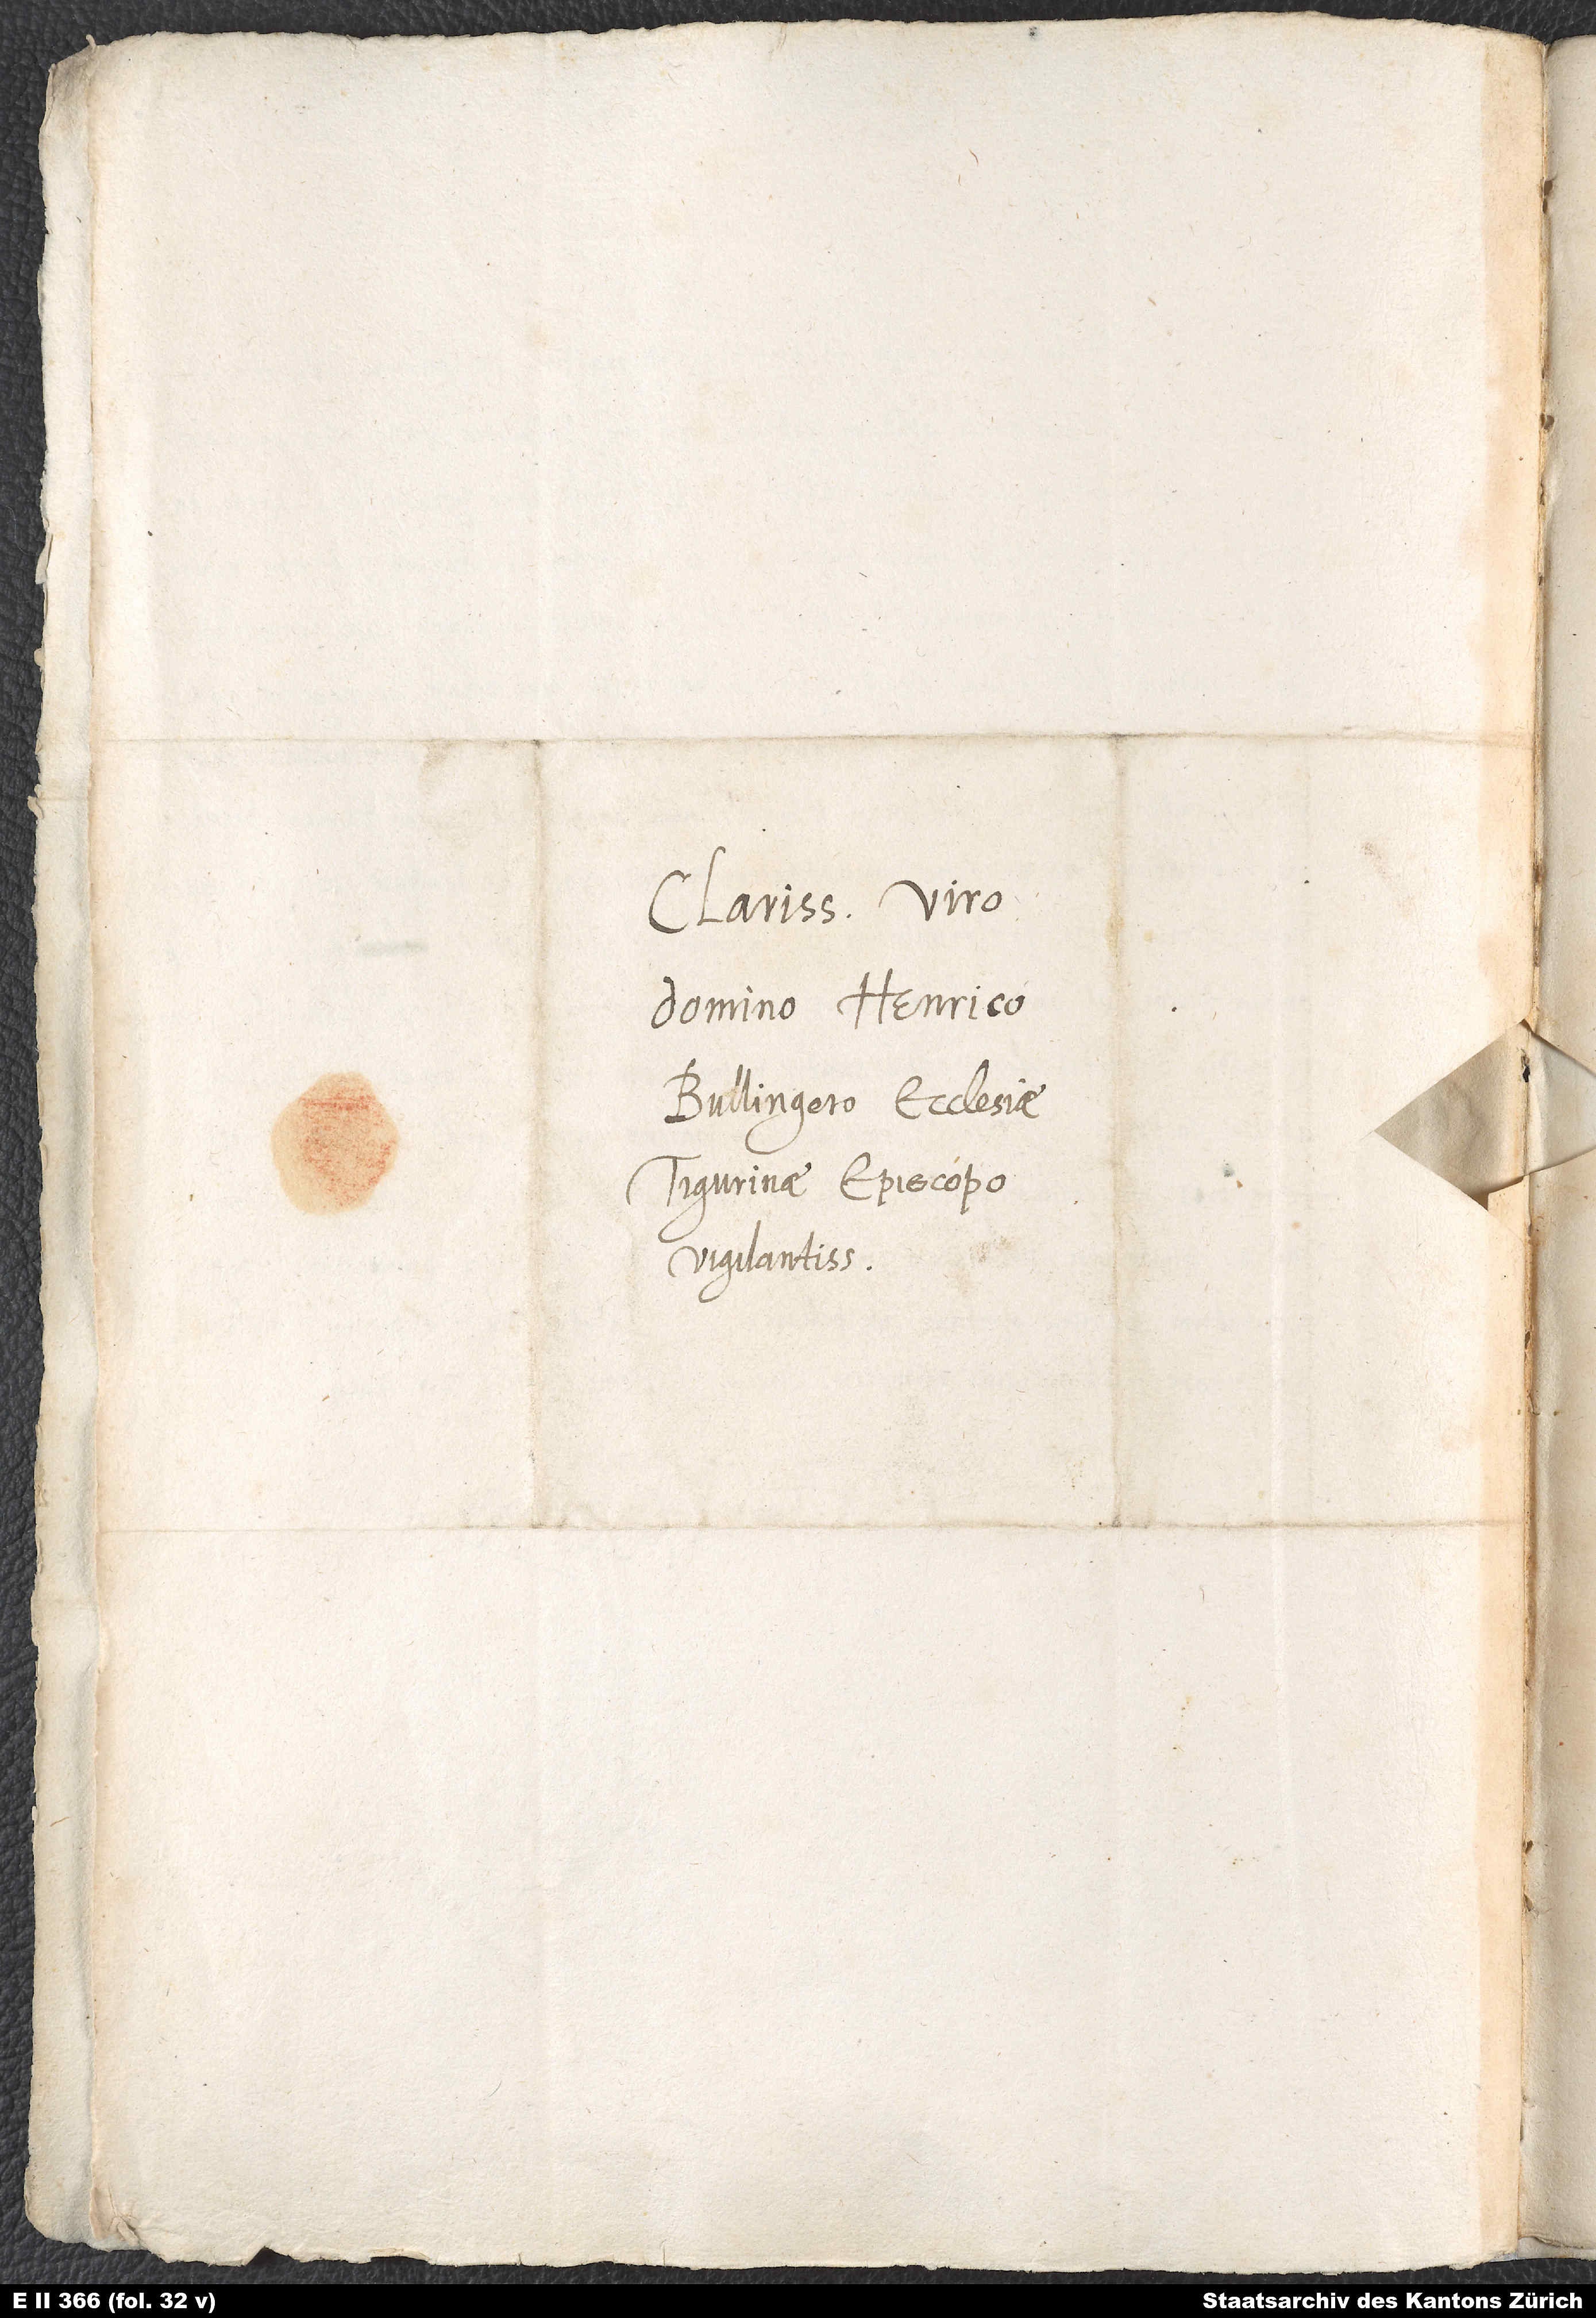
Clarissimo viro
domino Henrico
Bullingero, ecclesiae
Tigurinae episcopo
vigilantissimo.